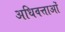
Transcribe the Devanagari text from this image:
अधिवत्ताओं